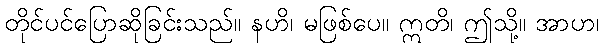
တိုင်ပင်ပြောဆိုခြင်းသည်။ နဟိ၊ မဖြစ်ပေ။ ဣတိ၊ ဤသို့။ အာဟ၊